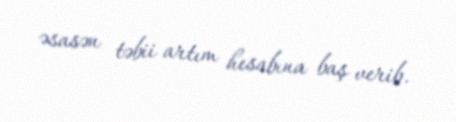
əsasən təbii artım hesabına baş verib.